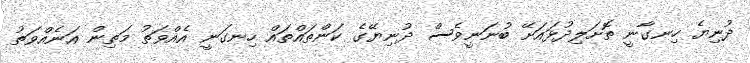
ދުނިޔެ ހިނގާނީ ތޮށަލިދުޅައަށޭ ބުނަނީވެސް ދުނިޔޭގެ ކަންތައްތައް ހިނގަނީ އެއްވަތު މަތިން އަނެއްވަތު